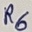
Text: R6